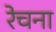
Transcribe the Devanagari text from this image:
रेचना